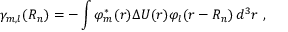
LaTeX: \gamma _ { m , l } ( { \boldsymbol { R _ { n } } } ) = - \int \varphi _ { m } ^ { * } ( { \boldsymbol { r } } ) \Delta U ( { \boldsymbol { r } } ) \varphi _ { l } ( { \boldsymbol { r - R _ { n } } } ) \, d ^ { 3 } r \ ,